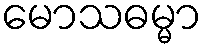
မောသဓမ္မာ